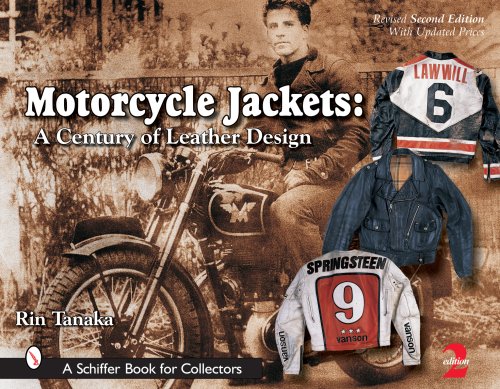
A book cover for Motorcycle Jackets: A Century of Leather Design; Rin Tanaka; Crafts, Hobbies & Home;